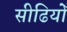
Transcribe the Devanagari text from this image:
सीढियोँ